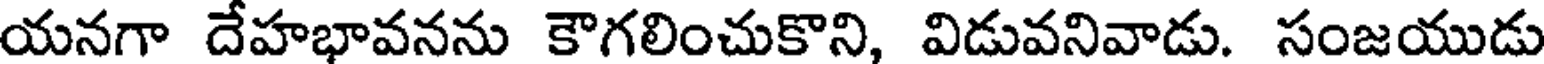
యనగా దేహభావనను కౌగలించుకొని, విడువనివాడు. సంజయుడు